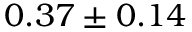
0 . 3 7 \pm 0 . 1 4